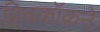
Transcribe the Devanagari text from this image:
हिचकॉकने